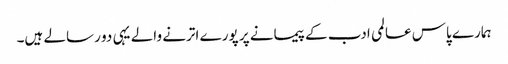
ہمارے پاس عالمی ادب کے پیمانے پر پورے اترنے والے یہی دو رسالے ہیں۔